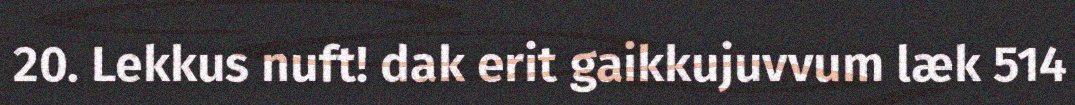
20. Lekkus nuft! dak erit gaikkujuvvum læk 514